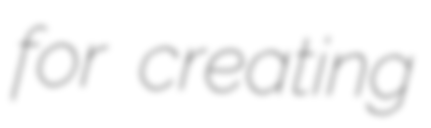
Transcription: for creating